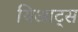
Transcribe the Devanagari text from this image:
यिआट्स